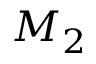
M _ { 2 }